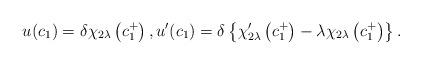
LaTeX: \begin{align*}u(c_{1})=\delta \chi _{2\lambda }\left( c_{1}^{+}\right) ,u^{\prime }(c_{1})=\delta \left\{ \chi _{2\lambda }^{\prime }\left(c_{1}^{+}\right) -\lambda \chi _{2\lambda }\left( c_{1}^{+}\right) \right\} .\end{align*}